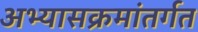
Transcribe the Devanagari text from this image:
अभ्यासक्रमांतर्गत